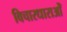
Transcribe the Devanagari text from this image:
विचारधाराओँ